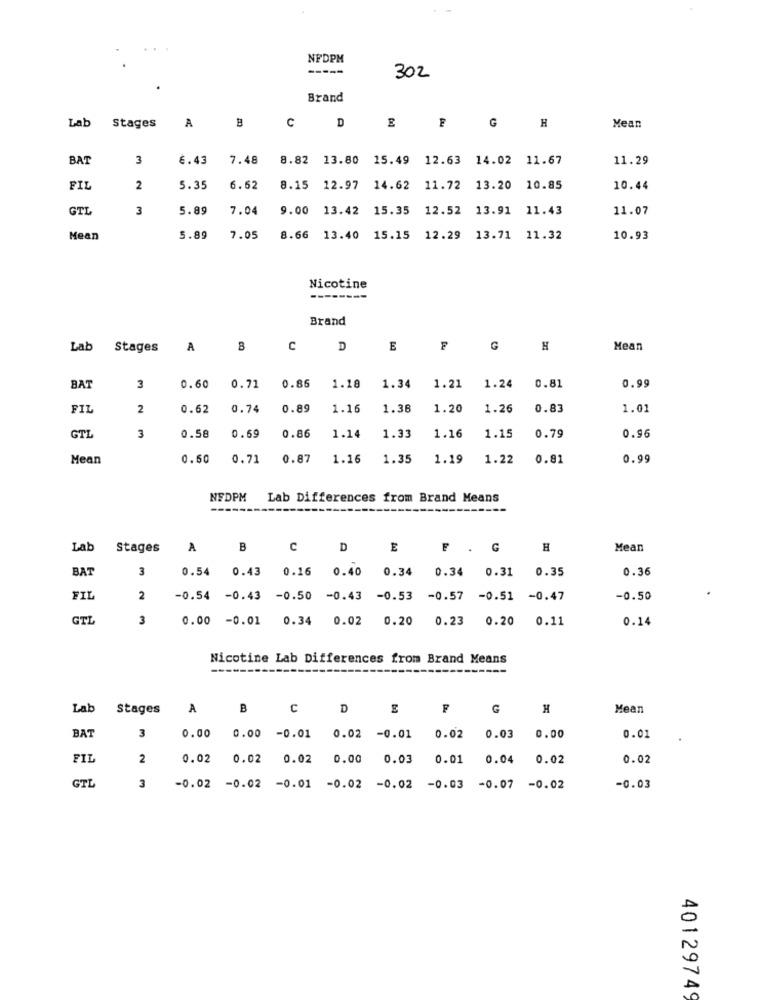
NFDPM
302
Brand
Lab
Stages
A
B
C
D
G
H
Mean
BAT
3
6.43
7.48
8.82 13.80
15.49
12.63
14.02 11.67
11.29
FIL
2
5.35
6.52
8.15
12.97
14.62
11.72 13.20 10.85
10.44
GTL
3
5.89
7.04
9.00
13.42
15.35
12.52
13.91
11.43
11.07
Mean
5.89
7.05
8.66
13.40
15.15 12.29 13.71 11.32
10.93
Nicotine
--------
Brand
Lab
Stages
A
B
C
D
E
F
G
H
Mean
1.24
BAT
3
0.60
0.71
0.86
1.18
1.34
1.21
0.81
0.99
FIL
2
0.62
0.74
0.89
1.16
1.38
1.20
1.26
0.83
1.01
0.69
0.86
1.16
GTL
3
0.58
1.14
1.33
1.15
0.79
0.96
Mean
0.50
0.71
0.87
1.16
1.35
1.19
1.22
0.81
0.99
NFDPM
Lab Differences from Brand Means
Lab
Stages
A
B
C
D
E
F . G
H
Mean
BAT
3
0.54 0.43 0.16
0.40
0.34
0.34 0.31
0.35
0.36
FIL
2
-0.54 -0.43 -0.50
-0.43
-0.53
-0.57
-0.51 -0.47
-0.50
GTL
3
0.02
0.20
0.23
0.20 0.11
0.14
0.00 -0.01 0.34
Nicotine Lab Differences from Brand Means
Lab Stages
A
B
C
D
G
H
Mean
BAT
3
0.00
0.00
-0.01
0.02
-0.01
0.02
0.03
0.00
0.01
FIL
2
0.02
0.02
0.02
0.00
0.03
0.01
0.04
0.02
0.02
GTL
3
-0.02 -0.02 -0.01 -0.02 -0.02
-0.03
-0.07 -0.02
-0.03
40129749